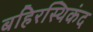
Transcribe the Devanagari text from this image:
बहिरस्थिकंद